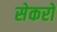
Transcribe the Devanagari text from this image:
सेकरो